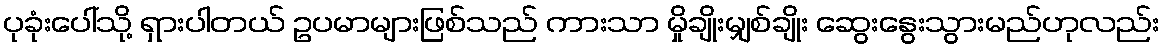
ပုခုံးပေါ်သို့ ရှားပါတယ် ဥပမာများဖြစ်သည် ကားသာ မှိုချိုးမျှစ်ချိုး ဆွေးနွေးသွားမည်ဟုလည်း